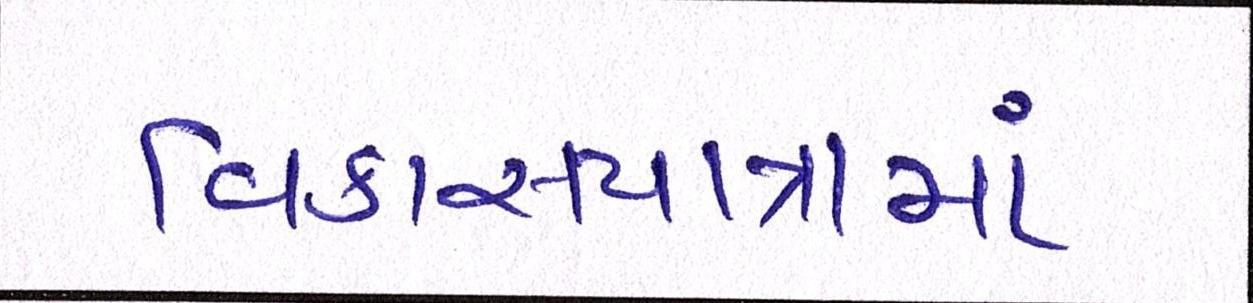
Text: વિકાસયાત્રામાં